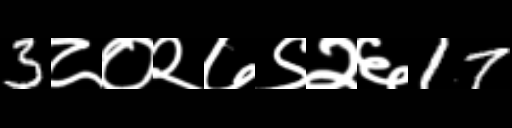
Text: 3८०२७९२६17